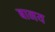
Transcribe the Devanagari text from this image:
बानय